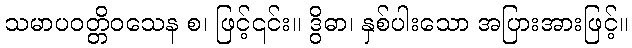
သမာပဝတ္တိဝသေန စ၊ ဖြင့်၎င်း။ ဒွိဓာ၊ နှစ်ပါးသော အပြားအားဖြင့်။